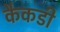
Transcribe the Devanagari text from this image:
कैकडी